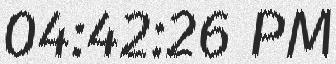
04:42:26 PM